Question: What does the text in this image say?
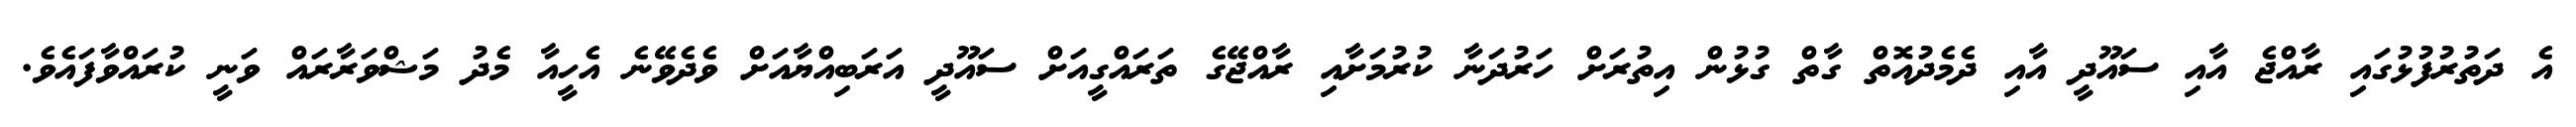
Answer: އެ ދަތުރުފުޅުގައި ރާއްޖެ އާއި ސައޫދީ އާއި ދެމެދުއޮތް ގާތް ގުޅުން އިތުރަށް ހަރުދަނާ ކުރުމަށާއި ރާއްޖޭގެ ތަރައްގީއަށް ސައޫދީ އަރަބިއްޔާއަށް ވެދެވޭނެ އެހީއާ މެދު މަޝްވަރާރައް ވަނީ ކުރައްވާފައެވެ.